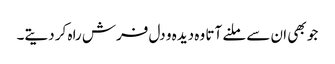
جو بھی ان سے ملنے آتا وہ دیدہ و دل فرش راہ کر دیتے۔